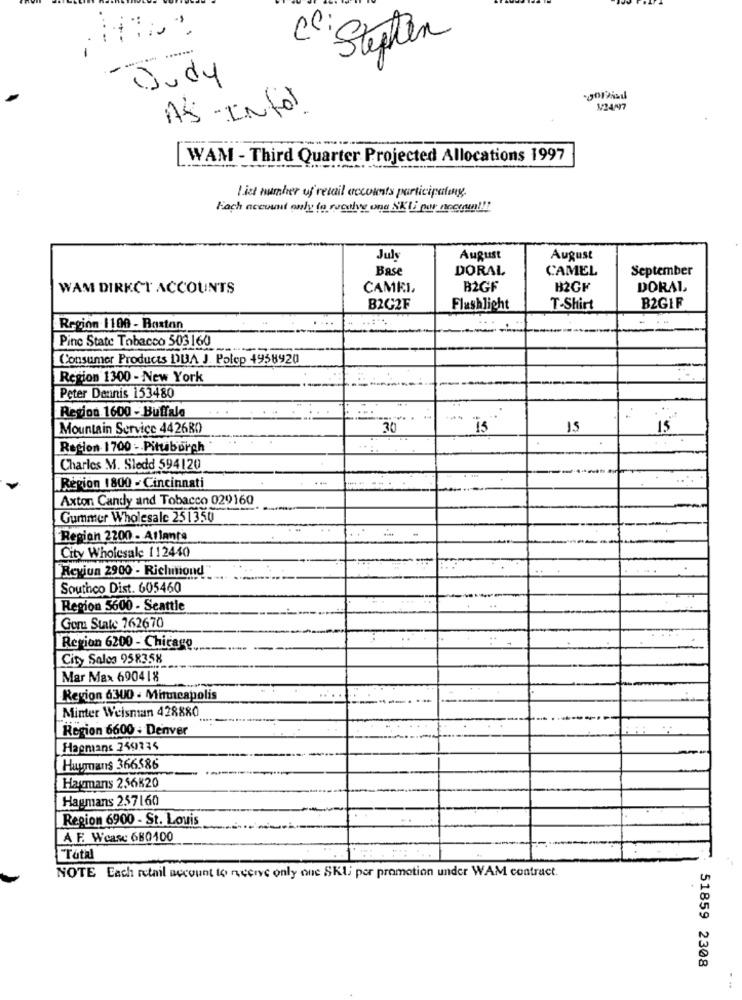
:00
"Stephen
---
......
-Judy
goliad
AS -Infor.
1/24/97
WAM - Third Quarter Projected Allocations 1997
List number of retail accounts participating.
Fach account only to racalvy one SKUi por neermn !!!
July
August
August
Base
DORAL
CAMEL
September
WAM DIRKCT ACCOUNTS
CAMEL
B2GF
B2GF
DORAL
B2C2F
Flashlight
T-Shirt
B2GIF
Region 1100 - Boston
Pinc State Tobacco 503160
Consumer Products DUA J. Polep 4958920
Region 1300 - New York
Peter Dennis 153480
Region 1600 - Buffalo
Mountain Service 442680
30
15
15
Region 1700 - Pittsburgh
Charles M. Sledd 594120
--
Région 1800 - Cincinnati
Axton Candy and Tobacco 029160
Gummer Wholesale 251350
Region 2200 - Atlante
City Wholesale 112440
Reyjun 2900 - Richmond
..
Southco Dist. 605460
Region 5600 - Seattle
Goru State 262670
Region 6200 - Chicage
City Sales 958358
Mar Max 690418
Region 6300 - Minneapolis
Minter Weisman 428880
Region 6600 - Denver
Hagmans 249735
Huymans 366586
Haymans 256K20
Hagmans 257160
Region 6900 - St. Louis
AF. Weare 680100
Total
NOTE Each retail account to receive only one SKI por promotion under WAM contract.
51859 2308